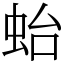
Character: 𧉟